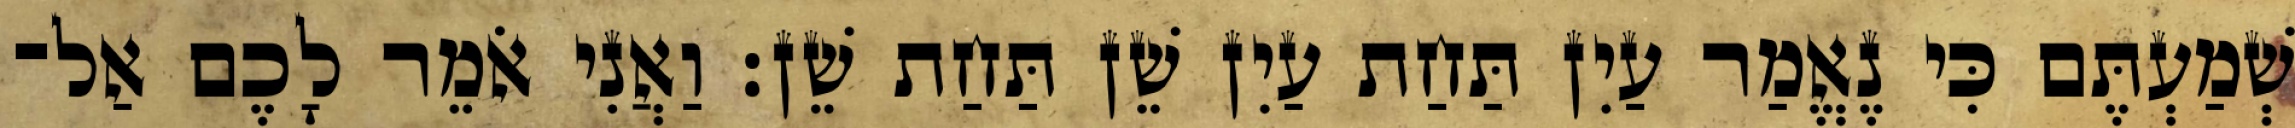
שְׁמַעְתֶּם כִּי נֶאֱמַר עַיִן תַּחַת עַיִן שֵׁן תַּחַת שֵׁן׃ וַאֲנִי אֹמֵר לָכֶם אַל־